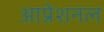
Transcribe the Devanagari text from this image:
आप्रेशनल